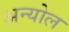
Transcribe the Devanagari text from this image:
अन्योल